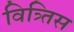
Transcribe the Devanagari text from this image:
वित्र्तिस